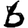
Digit: 6